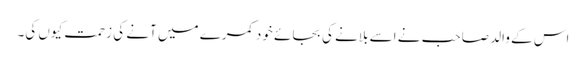
اس کے والد صاحب نے اسے بلانے کی بجائے خود کمرے میں آنے کی زحمت کیوں کی۔